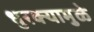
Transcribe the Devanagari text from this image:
धुरक्यामुळे